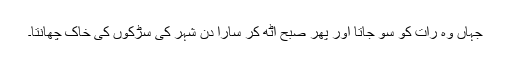
جہاں وہ رات کو سو جاتا اور پھر صبح اُٹھ کر سارا دن شہر کی سڑکوں کی خاک چھانتا۔